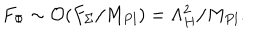
LaTeX: F _ { \Phi } \sim { \cal O } ( F _ { \Sigma } / M _ { P l } ) = \Lambda _ { H } ^ { 2 } / M _ { P l } .